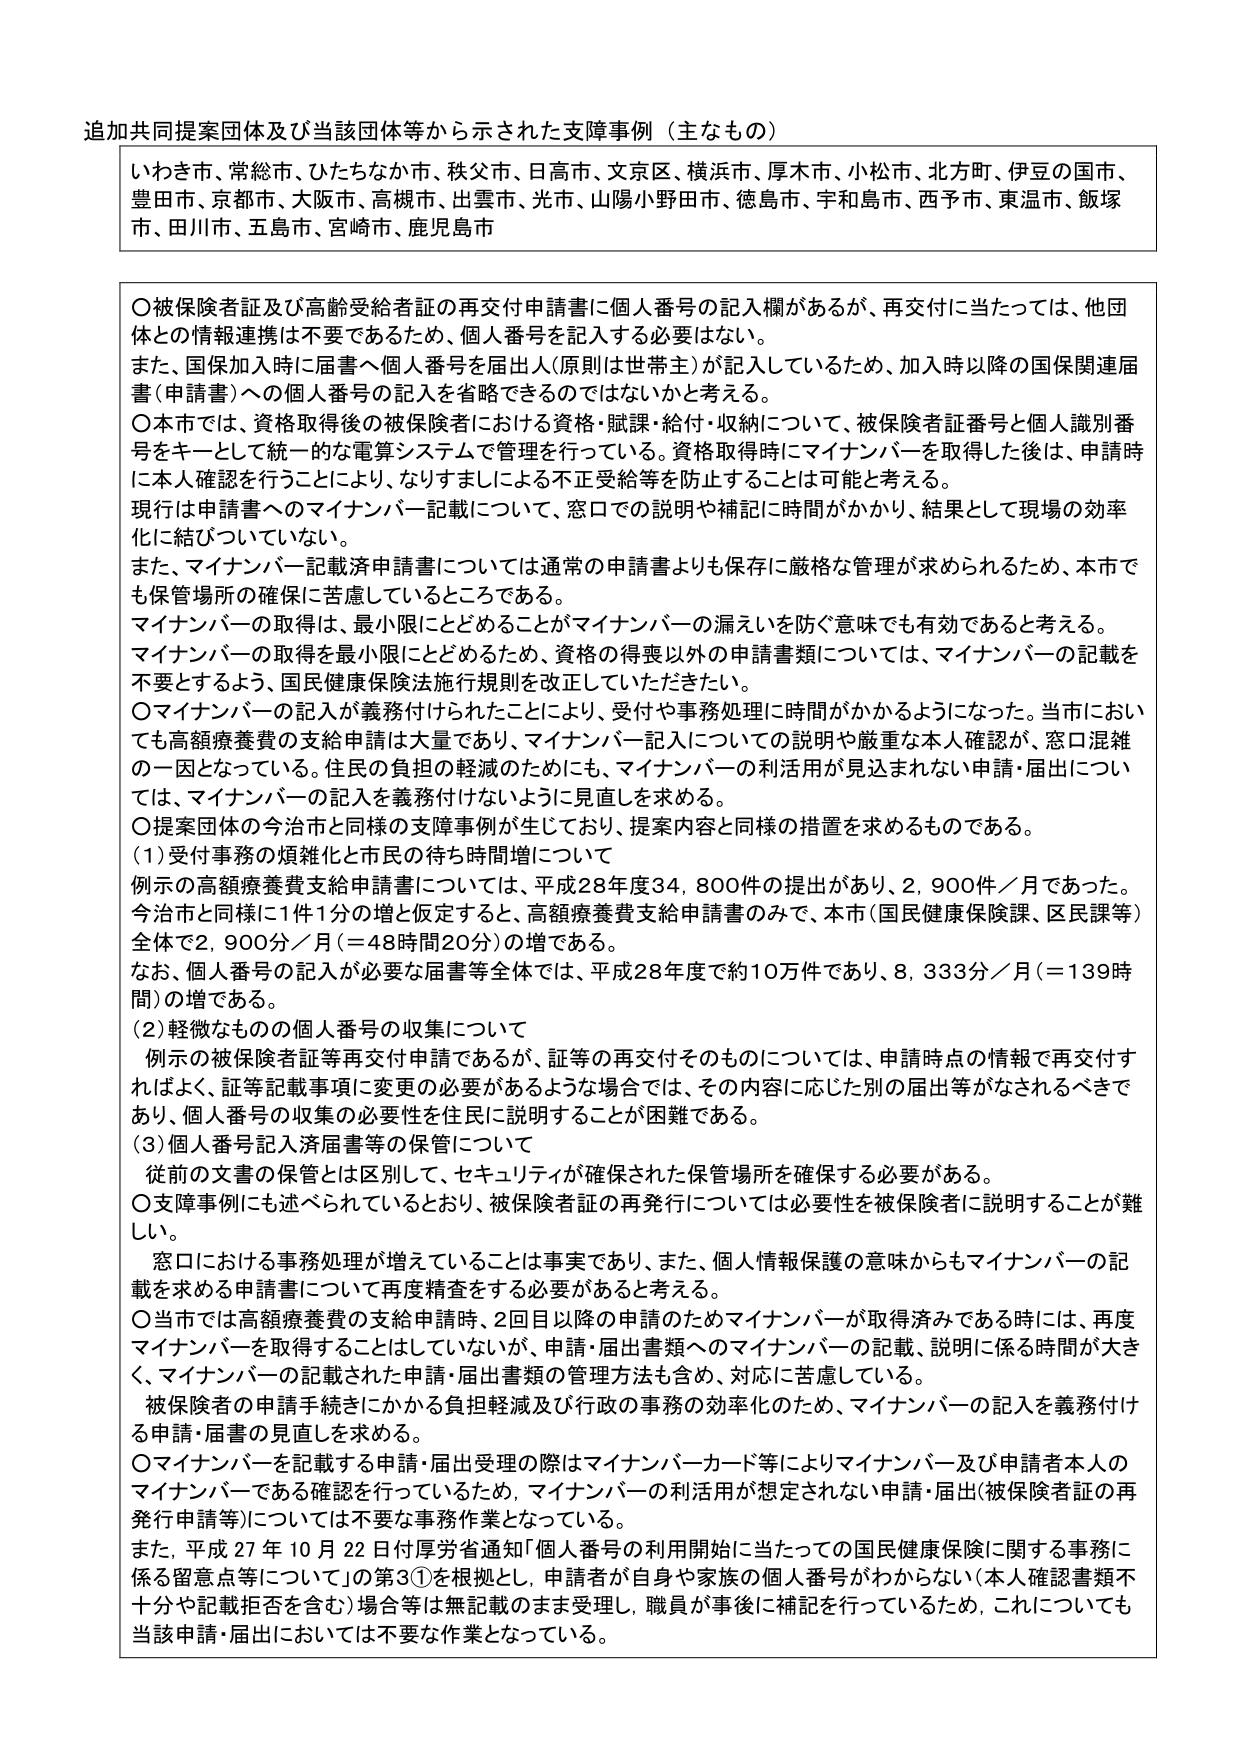
追加共同提案団体及び当該団体等から示された支障事例（主なもの）

いわき市、常総市、ひたちなか市、秩父市、日高市、文京区、横浜市、厚木市、小松市、北方町、伊豆の国市、
豊田市、京都市、大阪市、高槻市、出雲市、光市、山陽小野田市、徳島市、宇和島市、西予市、東温市、飯塚
市、田川市、五島市、宮崎市、鹿児島市

〇被保険者証及び高齢受給者証の再交付申請書に個人番号の記入欄があるが、再交付に当たっては、他団
体との情報連携は不要であるため、個人番号を記入する必要はない。
また、国保加入時に届書へ個人番号を届出人（原則は世帯主）が記入しているため、加入時以降の国保関連届
書（申請書）への個人番号の記入を省略できるのではないかと考える。
〇本市では、資格取得後の被保険者における資格・賦課・給付・収納について、被保険者証番号と個人識別番
号をキーとして統一的な電算システムで管理を行っている。資格取得時にマイナンバーを取得した後は、申請時
に本人確認を行うことにより、なりすましによる不正受給等を防止することは可能と考える。
現行は申請書へのマイナンバー記載について、窓口での説明や補記に時間がかかり、結果として現場の効率
化に結びついていない。
また、マイナンバー記載済申請書については通常の申請書よりも保存に厳格な管理が求められるため、本市で
も保管場所の確保に苦慮しているところである。
マイナンバーの取得は、最小限にとどめることがマイナンバーの漏えいを防ぐ意味でも有効であると考える。
マイナンバーの取得を最小限にとどめるため、資格の得喪以外の申請書類については、マイナンバーの記載を
不要とするよう、国民健康保険法施行規則を改正していただきたい。
〇マイナンバーの記入が義務付けられたことにより、受付や事務処理に時間がかかるようになった。当市におい
ても高額療養費の支給申請は大量であり、マイナンバー記入についての説明や厳重な本人確認が、窓口混雑
の一因となっている。住民の負担の軽減のためにも、マイナンバーの利活用が見込まれない申請・届出につい
ては、マイナンバーの記入を義務付けないように見直しを求める。
〇提案団体の今治市と同様の支障事例が生じており、提案内容と同様の措置を求めるものである。
（1）受付事務の煩雑化と市民の待ち時間増について
例示の高額療養費支給申請書については、平成28年度34,800件の提出があり、2,900件／月であった。
今治市と同様に1件1分の増と仮定すると、高額療養費支給申請書のみで、本市（国民健康保険課、区民課等）
全体で2,900分／月（＝48時間20分）の増である。
なお、個人番号の記入が必要な届書等全体では、平成28年度で約10万件であり、8,333分／月（＝139時
間）の増である。
（2）軽微なものでの個人番号の収集について
例示の被保険者証等再交付申請であるが、証等の再交付そのものについては、申請時点の情報で再交付す
ればよく、証等記載事項に変更の必要があるような場合では、その内容に応じた別の届出等がなされるべきで
あり、個人番号の収集の必要性を住民に説明することが困難である。
（3）個人番号記入済届書等の保管について
従前の文書の保管とは区別して、セキュリティが確保された保管場所を確保する必要がある。
〇支障事例にも述べられているとおり、被保険者証の再発行については必要性を被保険者に説明することが難
しい。
窓口における事務処理が増えていることは事実であり、また、個人情報保護の意味からもマイナンバーの記
載を求める申請書について再度精査をする必要があると考える。
〇当市では高額療養費の支給申請時、2回目以降の申請のためマイナンバーが取得済みである時には、再度
マイナンバーを取得することはしていないが、申請・届出書類へのマイナンバーの記載、説明に係る時間が大き
く、マイナンバーの記載された申請・届出書類の管理方法も含め、対応に苦慮している。
被保険者の申請手続きにかかる負担軽減及び行政の事務の効率化のため、マイナンバーの記入を義務付け
る申請・届書の見直しを求める。
〇マイナンバーを記載する申請・届出受理の際はマイナンバーカード等によりマイナンバー及び申請者本人の
マイナンバーである確認を行っているため、マイナンバーの利活用が想定されない申請・届出（被保険者証の再
発行申請等）については不要な事務作業となっている。
また、平成27年10月22日付厚労省通知「個人番号の利用開始に当たっての国民健康保険に関する事務に
係る留意点等について」の第3①を根拠とし、申請者が自身や家族の個人番号がわからない（本人確認書類不
十分や記載拒否を含む）場合等は無記載のまま受理し、職員が事後に補記を行っているため、これについても
当該申請・届出においては不要な作業となっている。